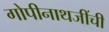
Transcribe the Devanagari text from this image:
गोपीनाथजींची